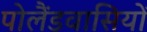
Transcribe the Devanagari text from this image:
पोलैंडवासियों